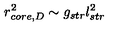
r _ { c o r e , D } ^ { 2 } \sim g _ { s t r } l _ { s t r } ^ { 2 }